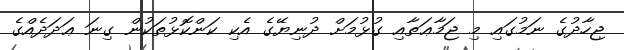
ޖިހާދުގެ ނަމުގައި މި ޖަމާޢަތާއި ގުޅުމަށް ދުނިޔޭގެ އެކި ކަންކޮޅުތަކުން ގިނަ ޢަދަދެއްގެ